Vaccine operations Central Provinces 1868-1885 - 1868-1885
Year: 1868
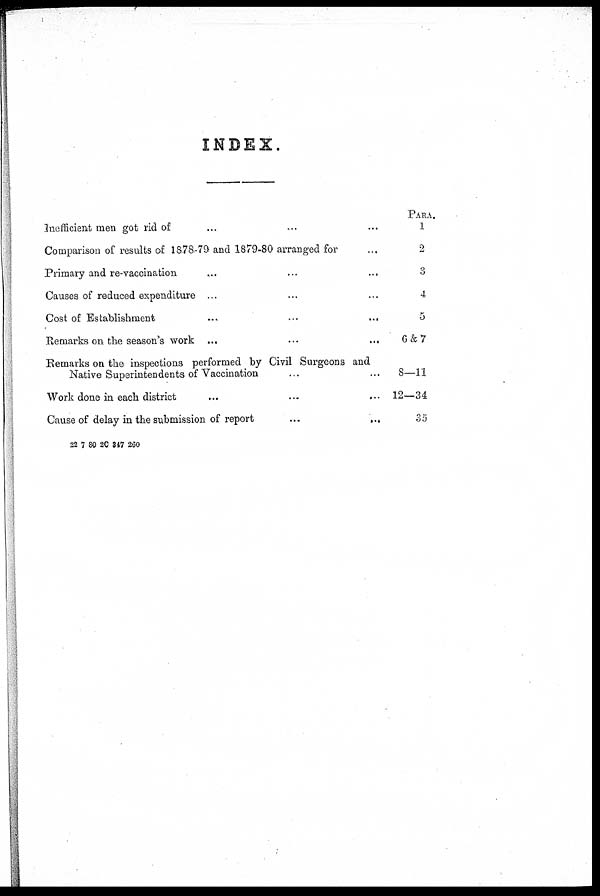
INDEX.
Inefficient men got rid of ... ... ...
Comparison of results of 18,78-79 and 1879-80 arranged for ...
Primary and re-vaccination ... ... ...
Causes of reduced expenditure ... ... ...
Cost of Establishment
...
...
...
Remarks on the season's work ... ... ...
Remarks on the inspections performed by Civil Surgeons and
Native Superintendents of Vaccination ... ...
Work done in each district
...
...
...
Cause of delay in the submission of report
...
...
PARA.
1
2
3
4
5
6&7
8—11
12—34
35
22 7 80 2C 347 260